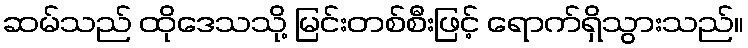
ဆမ်သည် ထိုဒေသသို့ မြင်းတစ်စီးဖြင့် ရောက်ရှိသွားသည်။